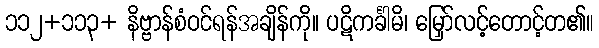
၁၁၂+၁၁၃+ နိဗ္ဗာန်စံဝင်ရန်အချိန်ကို။ ပဋိကင်္ခါမိ၊ မြှော်လင့်တောင့်တ၏။